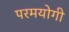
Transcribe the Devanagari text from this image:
परमयोगी